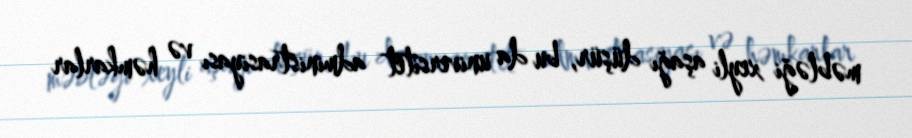
məbləği xeyli aşağı düşür, bu da universitet administrasiyası və həmkarlar